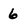
Character: 6